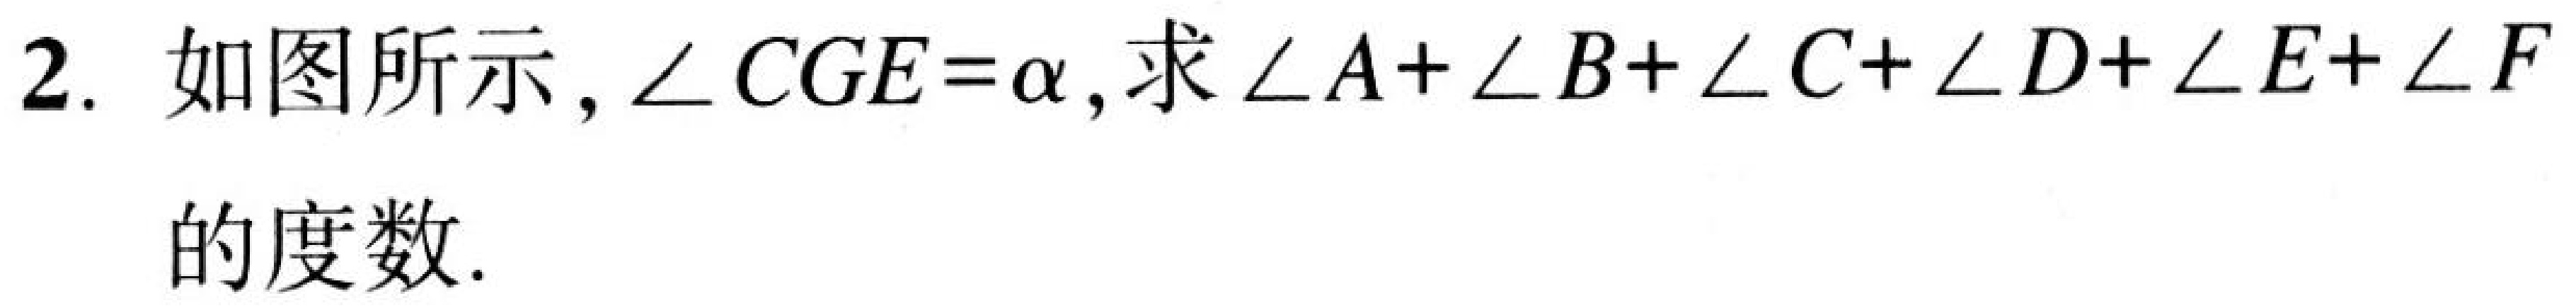
2. 如图所示，$\angle CGE = \alpha$, 求$\angle A+\angle B+\angle C+\angle D+\angle E+\angle F$的度数.